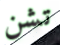
تشن